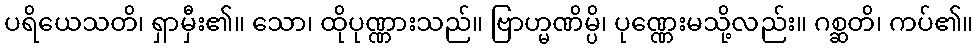
ပရိယေသတိ၊ ရှာမှီး၏။ သော၊ ထိုပုဏ္ဏားသည်။ ဗြာဟ္မဏိမ္ပိ၊ ပုဏ္ဏေးမသို့လည်း။ ဂစ္ဆတိ၊ ကပ်၏။